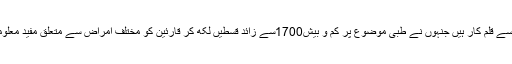
مزید انہوں نے ڈاکٹر صاحب کی طبی خدمات کے حوالے سے کہا کہ آپ ایک ایسے قلم کار ہیں جنہوں نے طبی موضوع پر کم و بیش1700سے زائد قسطیں لکھ کر قارئین کو مختلف امراض سے متعلق مفید معلومات بہم پہنچائی ہیں ،ڈاکٹر صاحب کے اس ریکارڈ کو شاید ہی کوئی توڑ سکے۔